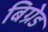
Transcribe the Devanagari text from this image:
बिग्रेड